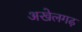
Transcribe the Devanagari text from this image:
अखेलगढ़